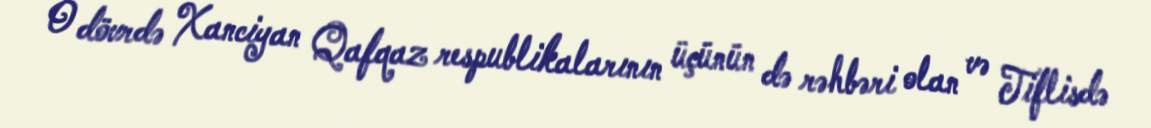
O dövrdə Xanciyan Qafqaz respublikalarının üçünün də rəhbəri olan və Tiflisdə